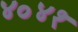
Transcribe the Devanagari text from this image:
४०४१